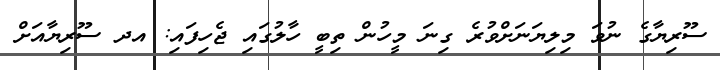
ސޫރިޔާގެ ނުވަ މިލިޔަނަށްވުރެ ގިނަ މީހުން ތިބީ ހާލުގައި ޖެހިފައި: އދ ސޫރިޔާއަށް